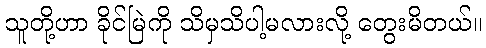
သူတို့ဟာ ခိုင်မြဲကို သိမှသိပါ့မလားလို့ တွေးမိတယ်။